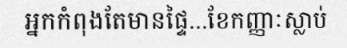
អ្នកកំពុងតែមានផ្ទៃ...ខែកញ្ញាៈស្លាប់